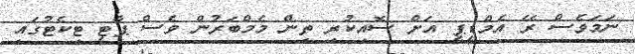
ނަމަވެސް ރޭ އެމްޑީޕީ އަށް ސޮއިކުރި ތިން މެމްބަރުން ވެސް ޕާޓީ ޓިކެޓުގައި